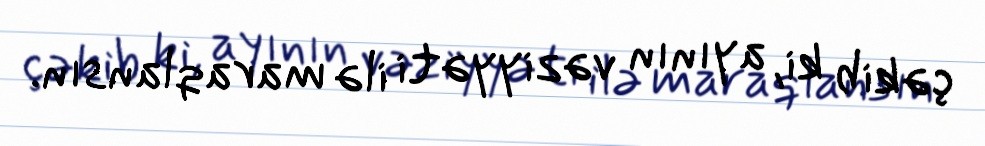
çəkib ki, ayının vəziyyəti ilə maraqlansın.